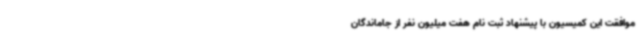
موافقت این کمیسیون با پیشنهاد ثبت نام هفت میلیون نفر از جاماندگان